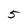
Character: 5